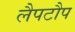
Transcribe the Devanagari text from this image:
लैपटौप